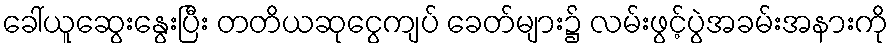
ခေါ်ယူဆွေးနွေးပြီး တတိယဆုငွေကျပ် ခေတ်များ၌ လမ်းဖွင့်ပွဲအခမ်းအနားကို